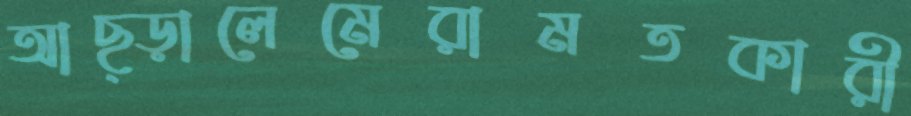
আছ্‌ড়ালেমেরামতকারী